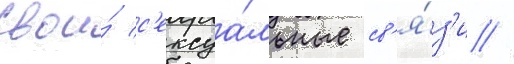
свои́ с'ексуа́льные св'я́з'и //